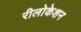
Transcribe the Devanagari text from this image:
रीलोकेशन